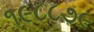
૧૯૮૮૭૯